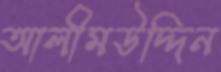
আলীমউদ্দিন